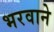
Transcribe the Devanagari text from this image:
भरवाने